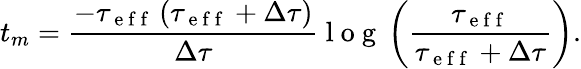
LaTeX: t_{m}=\frac{-\tau_{\mathrm{~e~f~f~}}\left(\tau_{\mathrm{~e~f~f~}}+\Delta\tau\right)}{\Delta\tau}\mathrm{~l~o~g~}\left(\frac{\tau_{\mathrm{~e~f~f~}}}{\tau_{\mathrm{~e~f~f~}}+\Delta\tau}\right).